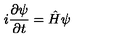
i \frac { \partial \psi } { \partial t } = \hat { H } \psi